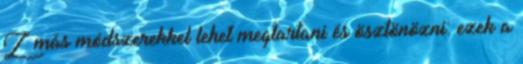
Z más módszerekkel lehet megtartani és ösztönözni: ezek a